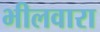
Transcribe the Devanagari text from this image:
भीलवारा